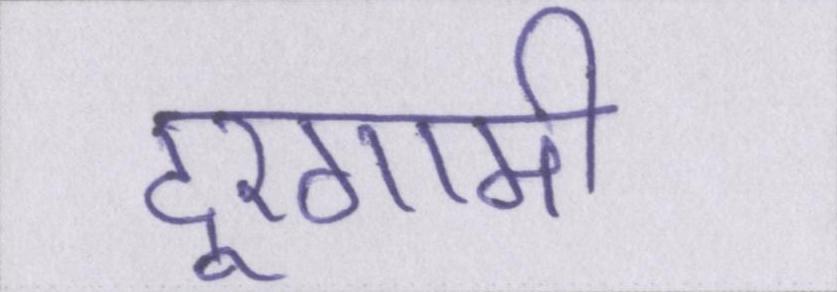
दूरगामी